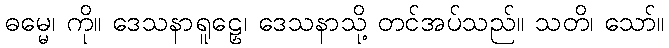
ဓမ္မေ၊ ကို။ ဒေသနာရူဠှေ၊ ဒေသနာသို့ တင်အပ်သည်။ သတိ၊ သော်။